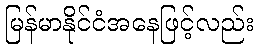
မြန်မာနိုင်ငံအနေဖြင့်လည်း